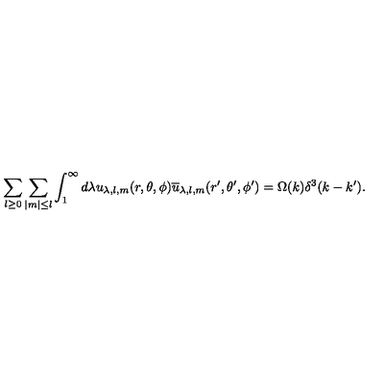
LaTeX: \sum _ { l \geq 0 } \sum _ { \mid m \mid \leq l } \int _ { 1 } ^ { \infty } d \lambda u _ { \lambda , l , m } ( r , \theta , \phi ) \overline { { u } } _ { \lambda , l , m } ( r ^ { \prime } , \theta ^ { \prime } , \phi ^ { \prime } ) = \Omega ( k ) \delta ^ { 3 } ( k - k ^ { \prime } ) .